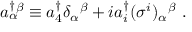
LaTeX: a _ { \alpha } ^ { \dagger } \! ^ { \beta } \equiv a _ { 4 } ^ { \dagger } \delta _ { \alpha } { } ^ { \beta } + i a _ { i } ^ { \dagger } ( \sigma ^ { i } ) _ { \alpha } { } ^ { \beta } \ .